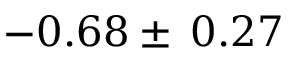
- 0 . 6 8 \pm \: 0 . 2 7